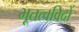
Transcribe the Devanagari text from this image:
भूतत्वविदों